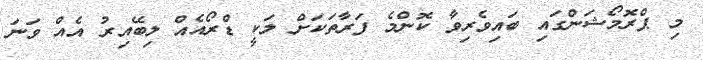
މި ޕްރޮމޯޝަންގައި ބައިވެރިވާ ކޮންމެ ފަރާތަކަށް ލަކީ ޑްރޯއެއް ލިބޭއިރު އެއް ވަނަ